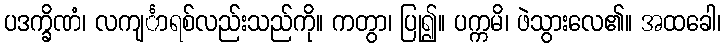
ပဒက္ခိဏံ၊ လကျင်္ာရစ်လည်းသည်ကို။ ကတွာ၊ ပြု၍။ ပက္ကမိ၊ ဖဲသွားလေ၏။ အထခေါ၊